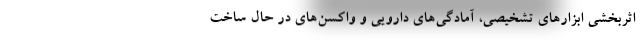
اثربخشی ابزارهای تشخیصی، آمادگی‌های دارویی و واکسن‌های در حال ساخت